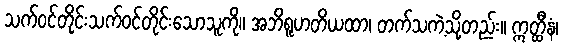
သက်ဝင်တိုင်းသက်ဝင်တိုင်းသောသူကို။ အဘိရူဟတိယထာ၊ တက်သကဲ့သို့တည်း။ ဣတ္ထီနံ၊